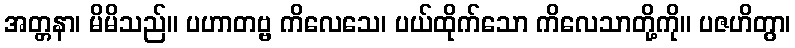
အတ္တနာ၊ မိမိသည်။ ပဟာတဗ္ဗ ကိလေသေ၊ ပယ်ထိုက်သော ကိလေသာတို့ကို။ ပဇဟိတွာ၊